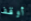
أوقف